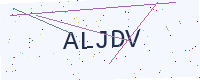
Text: ALJDV